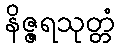
နိဇ္ဇရသုတ္တံ